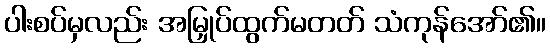
ပါးစပ်မှလည်း အမြှုပ်ထွက်မတတ် သံကုန်အော်၏။